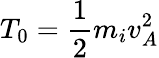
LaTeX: T_{0}=\frac{1}{2}m_{i}v_{A}^{2}